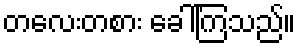
တလေးတစား ခေါ်ကြသည်။